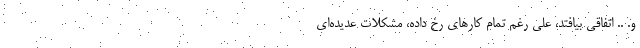
و. .. اتفاقی بیافتد، علی رغم تمام کارهای رخ داده، مشکلات عدیده‌ای